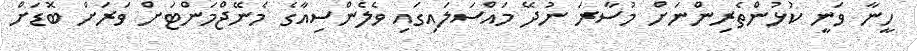
ހީނާ ވަނީ ކުޅުންތެރިންނަށް މުސާރަ ނުދޭ މައްސަލައިގައި ވެލެންސިއާގެ މެނޭޖްމަންޓަށް ވަރަށް ބޮޑަށް